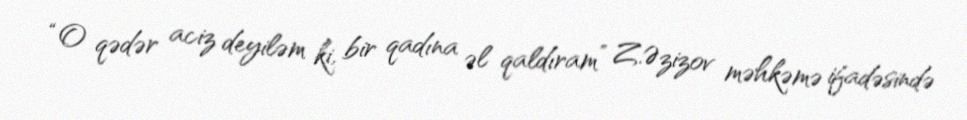
“O qədər aciz deyiləm ki, bir qadına əl qaldıram” Z.Əzizov məhkəmə ifadəsində